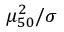
\mu _ { 5 0 } ^ { 2 } / \sigma